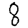
Digit: 8